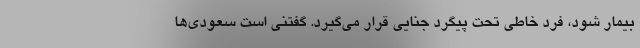
بیمار شود، فرد خاطی تحت پیگرد جنایی قرار می‌گیرد. گفتنی است سعودی‌ها